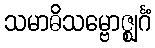
သမာဓိသမ္ဗောဇ္ဈင်္ဂံ